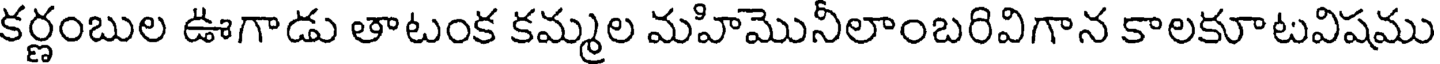
కర్ణంబుల ఊగాడు తాటంక కమ్మల మహిమొనీలాంబరివిగాన కాలకూటవిషము